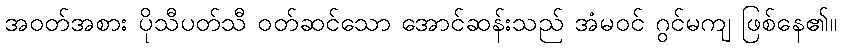
အဝတ်အစား ပိုသီပတ်သီ ဝတ်ဆင်သော အောင်ဆန်းသည် အံမဝင် ဂွင်မကျ ဖြစ်နေ၏။